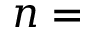
n =